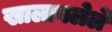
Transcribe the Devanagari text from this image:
खालावलेले